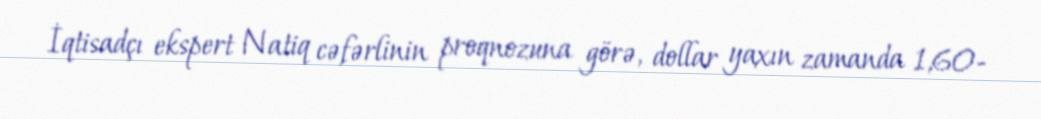
İqtisadçı ekspert Natiq cəfərlinin proqnozuna görə, dollar yaxın zamanda 1,60-